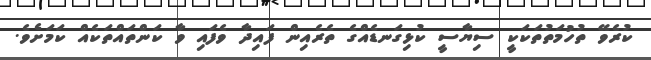
ކުރެވޭ ތުހުމަތުތަކަކީ ސިޔާސީ ކުޅިގަނޑެއްގެ ތެރެއިން ފައިދާ ވެފައި ވާ ކަންތައްތަކެއް ކަމަށެވެ.